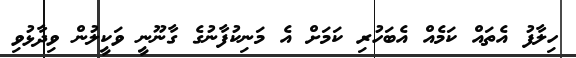
ހިލާފު އެތައް ކަމެއް އެބަހުރި ކަމަށް އެ މަނިކުފާނުގެ ގާނޫނީ ވަކީލުން ވިދާޅުވި